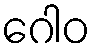
ဂေါဝ